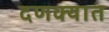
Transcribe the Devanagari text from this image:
दणक्यात